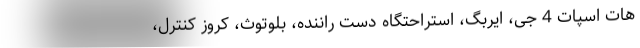
هات اسپات 4 جی، ایربگ، استراحتگاه دست راننده، بلوتوث، کروز کنترل،